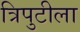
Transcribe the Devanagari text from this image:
त्रिपुटीला